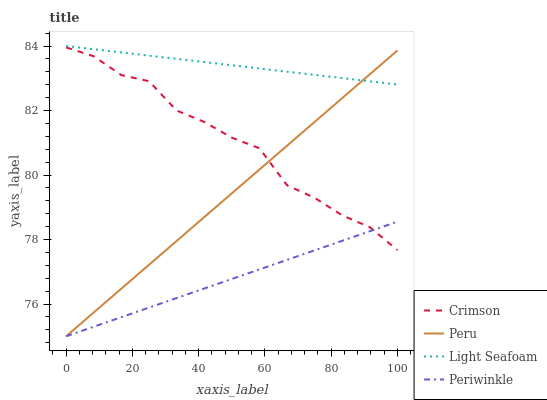
| xaxis_label | Crimson | Peru | Light Seafoam | Periwinkle |
 | --- | --- | --- | --- | --- |
 | 0 | 84 | 75 | 84 | 75 |
 | 8.33 | 83.7 | 75.7 | 83.9 | 75.3 |
 | 16.7 | 83.1 | 76.5 | 83.8 | 75.6 |
 | 25 | 82.9 | 77.2 | 83.7 | 75.9 |
 | 33.3 | 82 | 78 | 83.6 | 76.2 |
 | 41.7 | 81.6 | 78.7 | 83.5 | 76.5 |
 | 50 | 81.2 | 79.4 | 83.4 | 76.8 |
 | 58.3 | 80.8 | 80.2 | 83.3 | 77.1 |
 | 66.7 | 79.7 | 80.9 | 83.2 | 77.4 |
 | 75 | 79.3 | 81.6 | 83.1 | 77.7 |
 | 83.3 | 78.7 | 82.4 | 83 | 78 |
 | 91.7 | 78.4 | 83.1 | 82.9 | 78.3 |
 | 100 | 77.7 | 83.9 | 82.8 | 78.6 |